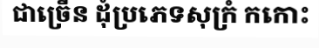
ជាច្រើន ដុំប្រភេទសុក្រំ កកោះ